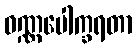
ဝဏ္ဏပေါက္ခရတာ